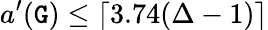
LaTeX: a^{\prime}(\mathtt{G})\leq\lceil3.74(\Delta-1)\rceil